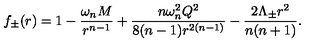
f _ { \pm } ( r ) = 1 - \frac { \omega _ { n } M } { r ^ { n - 1 } } + \frac { n \omega _ { n } ^ { 2 } Q ^ { 2 } } { 8 ( n - 1 ) r ^ { 2 ( n - 1 ) } } - \frac { 2 \Lambda _ { \pm } r ^ { 2 } } { n ( n + 1 ) } .